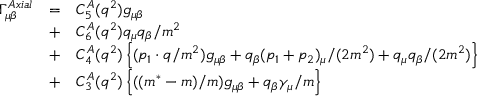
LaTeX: \begin{array} { c c l } { { \Gamma _ { \mu \beta } ^ { A x i a l } } } & { { = } } & { { C _ { 5 } ^ { A } ( q ^ { 2 } ) g _ { \mu \beta } } } \\ { { } } & { { + } } & { { C _ { 6 } ^ { A } ( q ^ { 2 } ) q _ { \mu } q _ { \beta } / m ^ { 2 } } } \\ { { } } & { { + } } & { { C _ { 4 } ^ { A } ( q ^ { 2 } ) \left\{ ( p _ { 1 } \cdot q / m ^ { 2 } ) g _ { \mu \beta } + q _ { \beta } ( p _ { 1 } + p _ { 2 } ) _ { \mu } / ( 2 m ^ { 2 } ) + q _ { \mu } q _ { \beta } / ( 2 m ^ { 2 } ) \right\} } } \\ { { } } & { { + } } & { { C _ { 3 } ^ { A } ( q ^ { 2 } ) \left\{ ( ( m ^ { \ast } - m ) / m ) g _ { \mu \beta } + q _ { \beta } \gamma _ { \mu } / m \right\} } } \end{array}